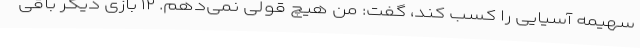
سهیمه آسیایی را کسب کند، گفت: من هیچ قولی نمی‌دهم. ۱۲ بازی دیگر باقی